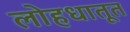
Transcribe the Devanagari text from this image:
लोहधातूत